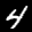
Label: 4